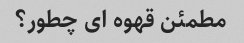
مطمئن قهوه ای چطور؟